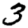
Digit: 3